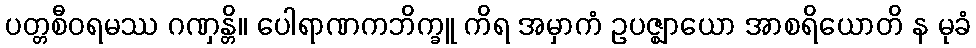
ပတ္တစီဝရမဿ ဂဏှန္တိ။ ပေါရာဏကဘိက္ခူ ကိရ အမှာကံ ဥပဇ္ဈာယော အာစရိယောတိ န မုခံ